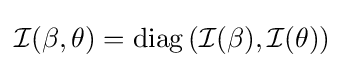
{\mathcal {I}}(\beta ,\theta )=\operatorname {diag} \left({\mathcal {I}}(\beta ),{\mathcal {I}}(\theta )\right)